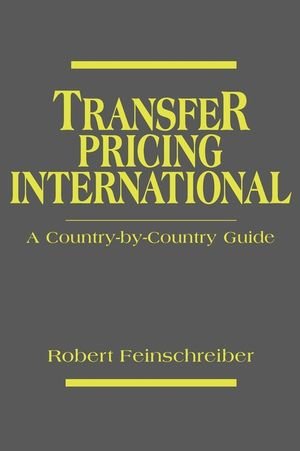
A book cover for Transfer Pricing International: A Country-by-Country Guide; Law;